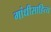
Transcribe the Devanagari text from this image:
गांधीसाहित्य